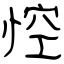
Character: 悾